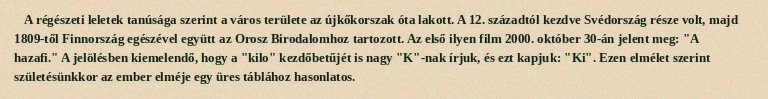
A régészeti leletek tanúsága szerint a város területe az újkőkorszak óta lakott. A 12. századtól kezdve Svédország része volt, majd 1809-től Finnország egészével együtt az Orosz Birodalomhoz tartozott. Az első ilyen film 2000. október 30-án jelent meg: "A hazafi." A jelölésben kiemelendő, hogy a "kilo" kezdőbetűjét is nagy "K"-nak írjuk, és ezt kapjuk: "Ki". Ezen elmélet szerint születésünkkor az ember elméje egy üres táblához hasonlatos.